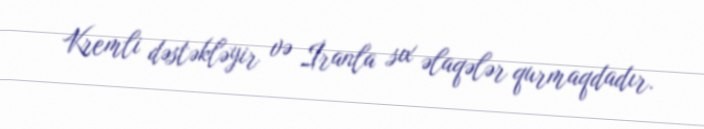
Kremli dəstəkləyir və İranla sıx əlaqələr qurmaqdadır.